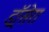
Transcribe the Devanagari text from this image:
ड्रॉसेरा